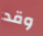
وقد